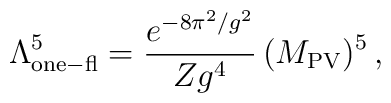
\Lambda^5_{\rm one-fl}=\frac{e^{-8\pi^2/g^2}}{Z g^4}\,(M_{\rm PV})^{5}\,,